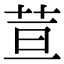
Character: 荁